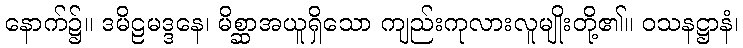
နောက်၌။ ဒမိဠမဒ္ဒနေ၊ မိစ္ဆာအယူရှိသော ကျည်းကုလားလူမျိုးတို့၏။ ဝသနဋ္ဌာနံ၊